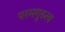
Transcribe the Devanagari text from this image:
परमगुरुत्व